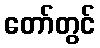
တော်တွင်